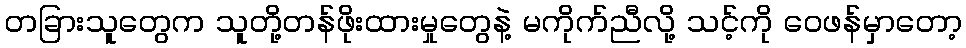
တခြားသူတွေက သူတို့တန်ဖိုးထားမှုတွေနဲ့ မကိုက်ညီလို့ သင့်ကို ဝေဖန်မှာတော့